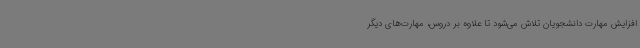
افزایش مهارت دانشجویان تلاش می‌شود تا علاوه بر دروس، مهارت‌های دیگر